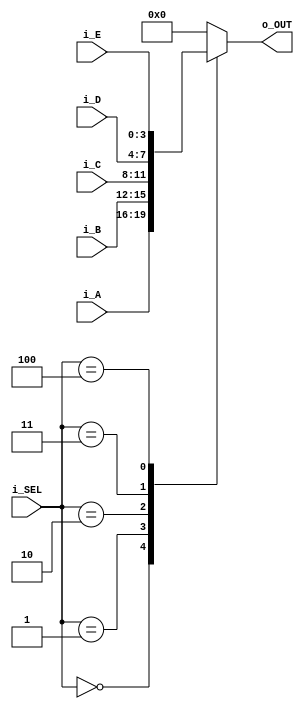
// MUX 5 to 1, 5 x inf.signal, 4 bit

module MUX(i_A, i_B, i_C, i_D, i_E, i_SEL, o_OUT);

input [3:0] i_A, i_B, i_C, i_D, i_E;
input [2:0] i_SEL;
output reg [3:0] o_OUT;

always @(*) begin
	// Start initialization:
	o_OUT = {4{1'b0}};
	
	case(i_SEL)
		3'd0:	o_OUT = i_A;
		3'd1:	o_OUT = i_B;
		3'd2:	o_OUT = i_C;
		3'd3:	o_OUT = i_D;
		3'd4:	o_OUT = i_E;
		
		default:
			begin
					o_OUT = {4{1'b0}};
			end
	endcase
end
endmodule